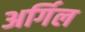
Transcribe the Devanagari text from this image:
अर्गिल